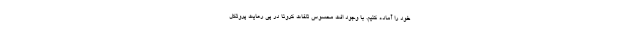
خود را آماده کنیم. با وجود افت محسوس تلفات کرونا در پی رعایت پروتکل